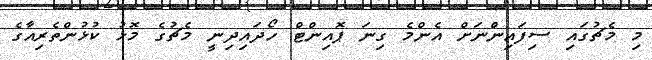
މި މެޗުގައި ސިފައިންނަށް އެންމެ ގިނަ ޕޮއިންޓް ހޯދައިދިނީ މެޗުގެ މޮޅު ކުޅުންތެރިއާގެ